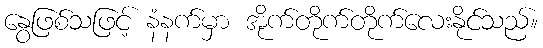
နွေဖြစ်သဖြင့် နံနက်မှာ အိုက်တိုက်တိုက်လေးနိုင်သည်။